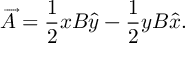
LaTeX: \overrightarrow { A } = \frac { 1 } { 2 } x B \widehat { y } - \frac { 1 } { 2 } y B \widehat { x } .